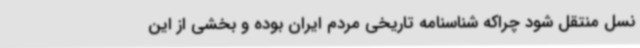
نسل منتقل شود چراکه شناسنامه تاریخی مردم ایران بوده و بخشی از این